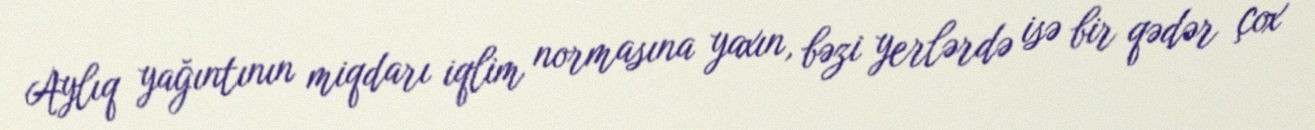
Aylıq yağıntının miqdarı iqlim normasına yaxın, bəzi yerlərdə isə bir qədər çox